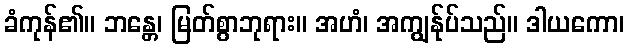
ခံကုန်၏။ ဘန္တေ၊ မြတ်စွာဘုရား။ အဟံ၊ အကျွန်ုပ်သည်။ ဒါယကော၊